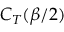
C _ { T } ( \beta / 2 )